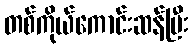
တစ်ကိုယ်ကောင်းဆန်ပြီး